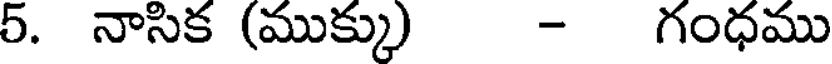
5. నాసిక (ముక్కు) - గంధము